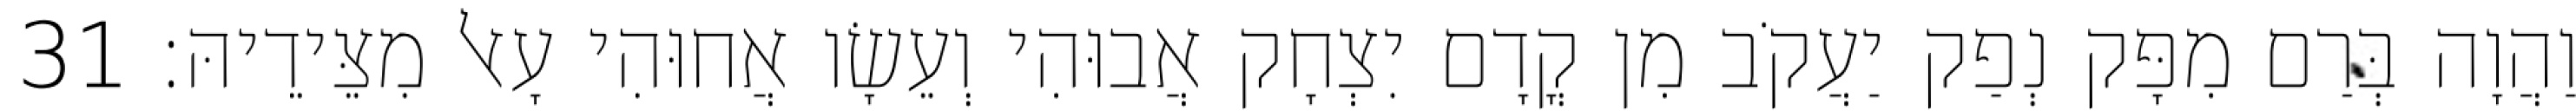
וַהֲוָה בְּרַם מִפָּק נְפַק יַעֲקֹב מִן קֳדָם יִצְחָק אֲבוּהִי וְעֵשָׂו אֲחוּהִי עָאל מִצֵּידֵיהּ׃ 31